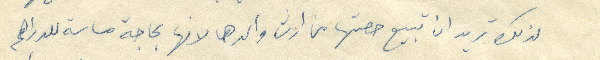
لذلك تريد ان تبيع حصتها من ارض والدها لانها بحاجة ماسة للدراهم